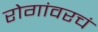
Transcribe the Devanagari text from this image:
रोगांवरचं